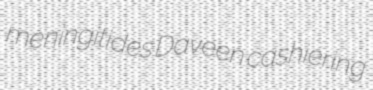
meningitides Daveen cashiering